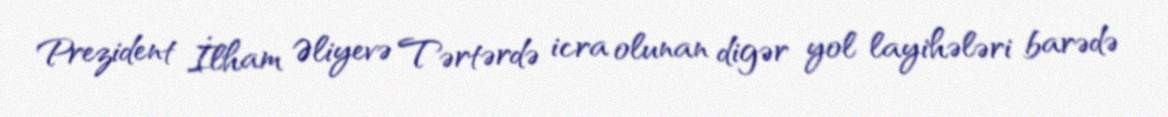
Prezident İlham Əliyevə Tərtərdə icra olunan digər yol layihələri barədə